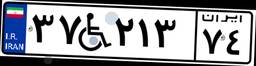
۳۷W۲۱۳۷۴